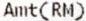
AMT(RM)